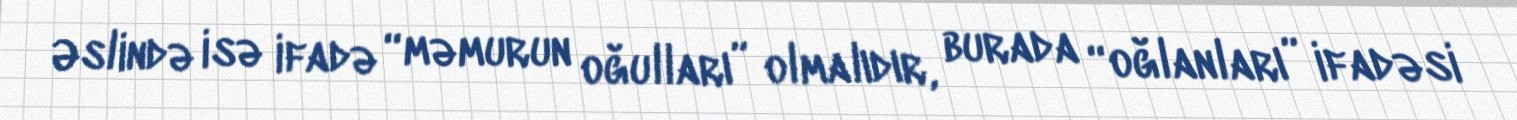
Əslində isə ifadə “məmurun oğulları” olmalıdır, burada “oğlanları” ifadəsi